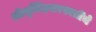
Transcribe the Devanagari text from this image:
श्रीनृसिंहसरस्वतींचे